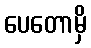
ပေတောမှိ